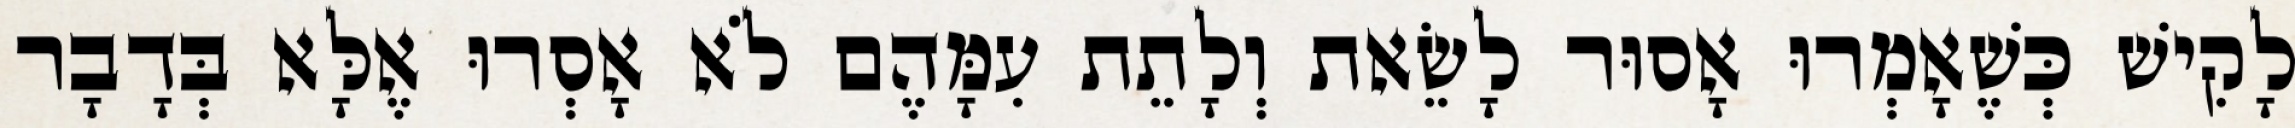
לָקִישׁ כְּשֶׁאָמְרוּ אָסוּר לָשֵׂאת וְלָתֵת עִמָּהֶם לֹא אָסְרוּ אֶלָּא בְּדָבָר